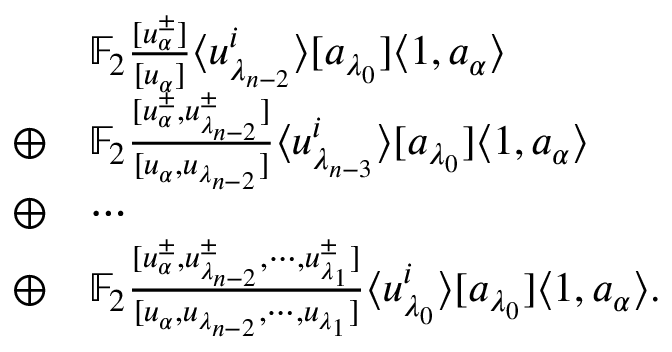
\begin{array} { r l } & { \mathbb { F } _ { 2 } \frac { [ u _ { \alpha } ^ { \pm } ] } { [ u _ { \alpha } ] } \langle u _ { \lambda _ { n - 2 } } ^ { i } \rangle [ a _ { \lambda _ { 0 } } ] \langle 1 , a _ { \alpha } \rangle } \\ { \oplus } & { \mathbb { F } _ { 2 } \frac { [ u _ { \alpha } ^ { \pm } , u _ { \lambda _ { n - 2 } } ^ { \pm } ] } { [ u _ { \alpha } , u _ { \lambda _ { n - 2 } } ] } \langle u _ { \lambda _ { n - 3 } } ^ { i } \rangle [ a _ { \lambda _ { 0 } } ] \langle 1 , a _ { \alpha } \rangle } \\ { \oplus } & { \cdots } \\ { \oplus } & { \mathbb { F } _ { 2 } \frac { [ u _ { \alpha } ^ { \pm } , u _ { \lambda _ { n - 2 } } ^ { \pm } , \cdots , u _ { \lambda _ { 1 } } ^ { \pm } ] } { [ u _ { \alpha } , u _ { \lambda _ { n - 2 } } , \cdots , u _ { \lambda _ { 1 } } ] } \langle u _ { \lambda _ { 0 } } ^ { i } \rangle [ a _ { \lambda _ { 0 } } ] \langle 1 , a _ { \alpha } \rangle . } \end{array}